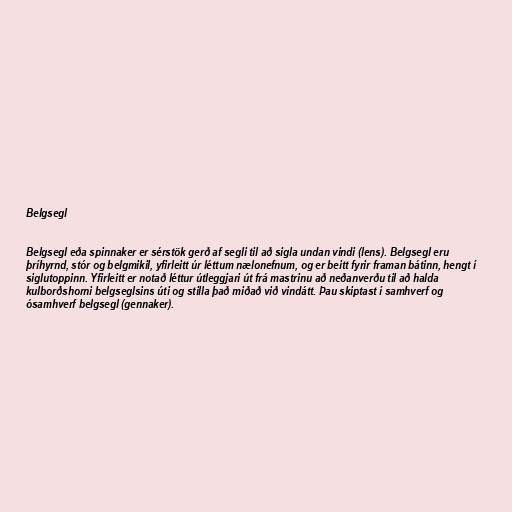
Belgsegl

Belgsegl eða spinnaker er sérstök gerð af segli til að sigla undan vindi (lens). Belgsegl eru
þríhyrnd, stór og belgmikil, yfirleitt úr léttum nælonefnum, og er beitt fyrir framan bátinn, hengt í
siglutoppinn. Yfirleitt er notað léttur útleggjari út frá mastrinu að neðanverðu til að halda
kulborðshorni belgseglsins úti og stilla það miðað við vindátt. Þau skiptast í samhverf og
ósamhverf belgsegl (gennaker).